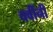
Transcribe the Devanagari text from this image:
चवींनी